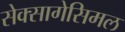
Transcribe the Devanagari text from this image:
सेक्सागेसिमल